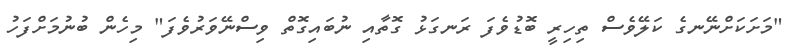
"މަށަކަށްނޭނގެ ކަލޭވެސް ތިހިރީ ބޮޑުވެފަ ރަނގަޅު ގޮތާއި ނުބައިގޮތް ވިސްނޭވަރުވެފަ" މިހެން ބުނުމަށްފަހު